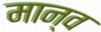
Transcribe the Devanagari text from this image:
मान्व